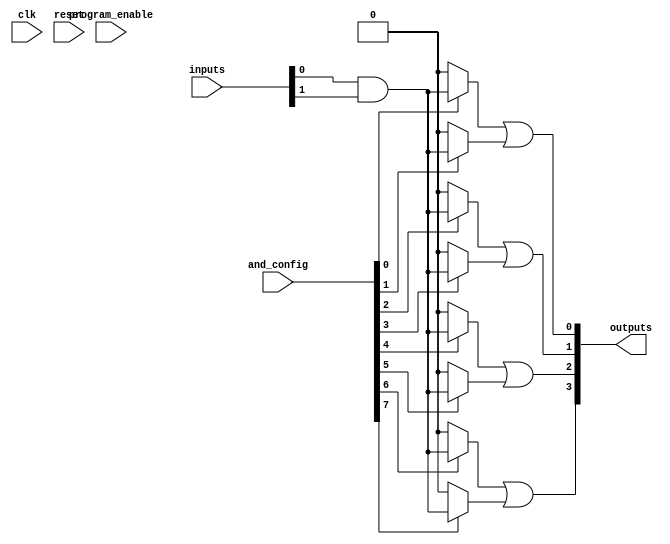
module flash_programmable_pal (
    input wire [N-1:0] inputs,          // N input signals
    input wire [M-1:0] and_config,      // M programmable AND gate configurations
    input wire clk,                      // Clock signal for control logic
    input wire reset,                    // Reset signal
    input wire program_enable,           // Enable programming mode
    output wire [P-1:0] outputs          // P output signals
);

parameter N = 8; // Number of inputs
parameter M = 16; // Number of AND gates
parameter P = 4; // Number of OR outputs

// Internal signals
wire [M-1:0] and_outputs; // Outputs from AND gates
wire [P-1:0] or_outputs;   // Outputs from OR gates

// Programmable AND array
genvar i;
generate
    for (i = 0; i < M; i = i + 1) begin : and_array
        // Each AND gate can be programmed based on the and_config input
        assign and_outputs[i] = and_config[i] ? (inputs[0] & inputs[1]) : 1'b0; // Example logic
    end
endgenerate

// Fixed OR array
genvar j;
generate
    for (j = 0; j < P; j = j + 1) begin : or_array
        assign or_outputs[j] = or_logic(j); // Call to OR logic function
    end
endgenerate

// OR logic function combining AND outputs (example implementation)
function or_logic(input integer index);
    case (index)
        0: or_logic = and_outputs[0] | and_outputs[1]; // Example combination
        1: or_logic = and_outputs[2] | and_outputs[3];
        2: or_logic = and_outputs[4] | and_outputs[5];
        3: or_logic = and_outputs[6] | and_outputs[7];
        default: or_logic = 1'b0;
    endcase
endfunction

// Output assignment
assign outputs = or_outputs;

// Control logic for programming (simplified)
always @(posedge clk or posedge reset) begin
    if (reset) begin
        // Reset logic, clear configurations
    end else if (program_enable) begin
        // Programming logic, update and_config based on external input
    end
end

endmodule